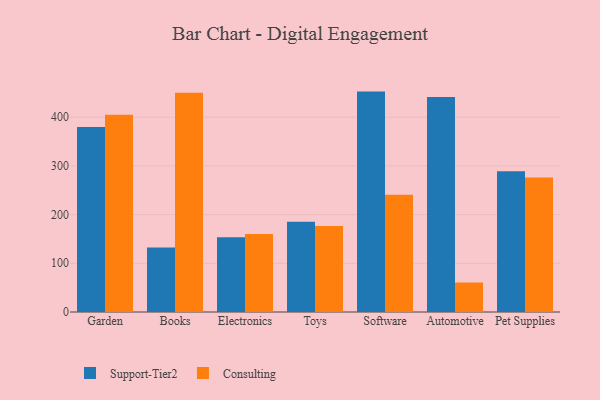
{"axis": {"x": "Category", "y": "Shipments"}, "legend": ["Consulting", "Support-Tier2"], "data": [{"x": "Garden", "y": 379.8, "type": "Support-Tier2"}, {"x": "Garden", "y": 404.9, "type": "Consulting"}, {"x": "Books", "y": 132.3, "type": "Support-Tier2"}, {"x": "Books", "y": 450.0, "type": "Consulting"}, {"x": "Electronics", "y": 153.4, "type": "Support-Tier2"}, {"x": "Electronics", "y": 160.3, "type": "Consulting"}, {"x": "Toys", "y": 185.3, "type": "Support-Tier2"}, {"x": "Toys", "y": 176.4, "type": "Consulting"}, {"x": "Software", "y": 452.5, "type": "Support-Tier2"}, {"x": "Software", "y": 240.9, "type": "Consulting"}, {"x": "Automotive", "y": 441.2, "type": "Support-Tier2"}, {"x": "Automotive", "y": 60.5, "type": "Consulting"}, {"x": "Pet Supplies", "y": 289.1, "type": "Support-Tier2"}, {"x": "Pet Supplies", "y": 275.9, "type": "Consulting"}]}